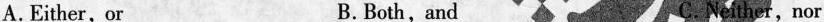
A.Either, or B.Both,and C.Neither, nor